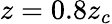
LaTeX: z=0.8z_{c}